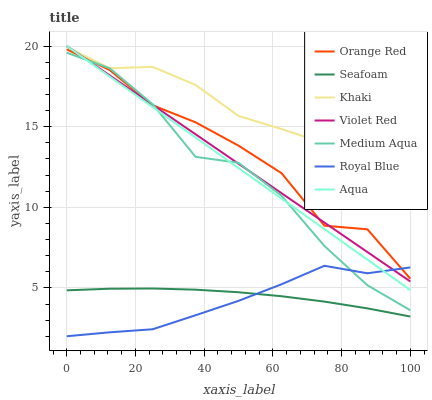
| xaxis_label | Orange Red | Seafoam | Khaki | Violet Red | Medium Aqua | Royal Blue | Aqua |
 | --- | --- | --- | --- | --- | --- | --- | --- |
 | 0 | 19.8 | 4.85 | 19.9 | 20 | 19.6 | 2 | 20 |
 | 12.5 | 18.5 | 4.95 | 18.6 | 18.2 | 18.6 | 2.24 | 18.1 |
 | 25 | 16.3 | 4.96 | 18.7 | 16.3 | 16.4 | 2.43 | 16.2 |
 | 37.5 | 15.3 | 4.89 | 17.6 | 14.5 | 13.1 | 3.3 | 14.3 |
 | 50 | 13.8 | 4.73 | 15.7 | 12.7 | 12.8 | 4.2 | 12.4 |
 | 62.5 | 12.1 | 4.48 | 14.9 | 10.9 | 10.7 | 5.22 | 10.5 |
 | 75 | 8.86 | 4.15 | 14 | 9.05 | 7.6 | 6.37 | 8.65 |
 | 87.5 | 8.63 | 3.73 | 13.4 | 7.22 | 5.16 | 5.9 | 6.75 |
 | 100 | 5.57 | 3.22 | 12.2 | 5.4 | 3.61 | 6.27 | 4.86 |